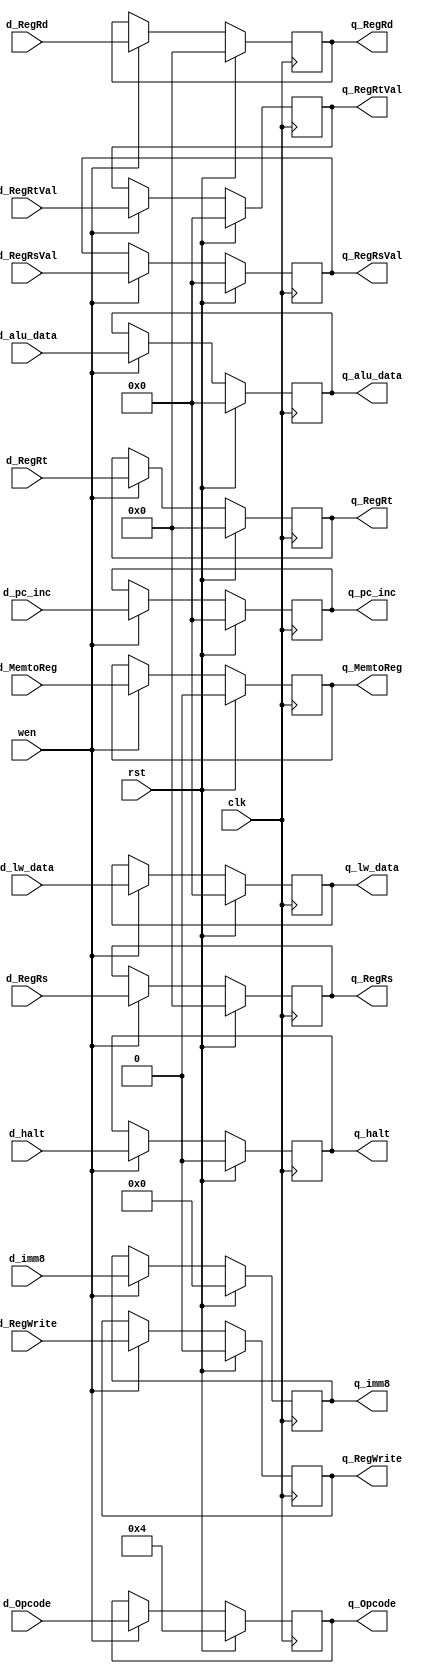
// Gokul's D-flipflop

module MEMWB_ff (q_RegWrite, d_RegWrite, q_MemtoReg, d_MemtoReg,
				q_RegRd, d_RegRd, q_RegRs, d_RegRs, q_RegRt, d_RegRt,
				q_RegRsVal, d_RegRsVal, q_RegRtVal, d_RegRtVal,
				q_alu_data, d_alu_data, q_imm8, d_imm8, q_Opcode, d_Opcode, q_pc_inc, d_pc_inc,
				q_lw_data, d_lw_data, q_halt, d_halt,
				wen, clk, rst);

    //output         q; //DFF output
    //input          d; //DFF input
    input			wen; //Write Enable - I can't think of a good reason to use this here
    input          	clk; //Clock
    input          	rst; //Reset (used synchronously)

    reg s_RegWrite, s_MemtoReg;
	reg s_halt;
    reg [3:0] s_RegRd, s_RegRs, s_RegRt;
	reg [3:0] s_Opcode;
	reg [15:0] s_RegRsVal, s_RegRtVal;
	reg [15:0] s_alu_data, s_lw_data, s_pc_inc;
    reg [7:0] s_imm8;

    //// IO signals ////
	
    // control signals for write back stage //
    input d_RegWrite;		output q_RegWrite;
    input d_MemtoReg;		output q_MemtoReg;

    // register signals //
    input [3:0] d_RegRd;			output [3:0] q_RegRd;
    input [3:0] d_RegRs;			output [3:0] q_RegRs;
    input [3:0] d_RegRt;			output [3:0] q_RegRt;
	input [15:0] d_RegRsVal;		output [15:0] q_RegRsVal;
	input [15:0] d_RegRtVal;		output [15:0] q_RegRtVal;

	input d_halt;					output q_halt;
	input [3:0] d_Opcode;			output [3:0] q_Opcode;
	input [15:0] d_alu_data;		output [15:0] q_alu_data;
	input [15:0] d_pc_inc;			output [15:0] q_pc_inc;
	input [15:0] d_lw_data;			output [15:0] q_lw_data;
    input [7:0] d_imm8;				output [7:0] q_imm8;

    // Set new state //
    assign q_RegWrite = s_RegWrite;
    assign q_MemtoReg = s_MemtoReg;

    assign q_RegRd = s_RegRd;
    assign q_RegRs = s_RegRs;
    assign q_RegRt = s_RegRt;
	assign q_RegRsVal = s_RegRsVal;
	assign q_RegRtVal = s_RegRtVal;
	
	assign q_halt = s_halt;
	assign q_Opcode = s_Opcode;
	assign q_alu_data = s_alu_data;
	assign q_pc_inc = s_pc_inc;
	assign q_lw_data = s_lw_data;
	assign q_imm8 = s_imm8;

    always @(posedge clk) begin
	  s_RegWrite <= rst ? 0 : (wen ? d_RegWrite : s_RegWrite);
	  s_MemtoReg <= rst ? 0 : (wen ? d_MemtoReg : s_MemtoReg);
	  
	  s_RegRd <= rst ? 0 : (wen ? d_RegRd : s_RegRd);
	  s_RegRs <= rst ? 0 : (wen ? d_RegRs : s_RegRs);
	  s_RegRt <= rst ? 0 : (wen ? d_RegRt : s_RegRt);
	  s_RegRsVal <= rst ? 0 : (wen ? d_RegRsVal : s_RegRsVal);
	  s_RegRtVal <= rst ? 0 : (wen ? d_RegRtVal : s_RegRtVal);
	  
	  s_halt <= rst ? 0 : (wen ? d_halt : s_halt);
	  s_Opcode <= rst ? 4'b0100 : (wen ? d_Opcode : s_Opcode);
	  s_alu_data <= rst ? 0 : (wen ? d_alu_data : s_alu_data);
	  s_pc_inc <= rst ? 0 : (wen ? d_pc_inc : s_pc_inc);
	  s_lw_data <= rst ? 0 : (wen ? d_lw_data : s_lw_data);
	  s_imm8 <= rst ? 0 : (wen ? d_imm8 : s_imm8);
    end

endmodule